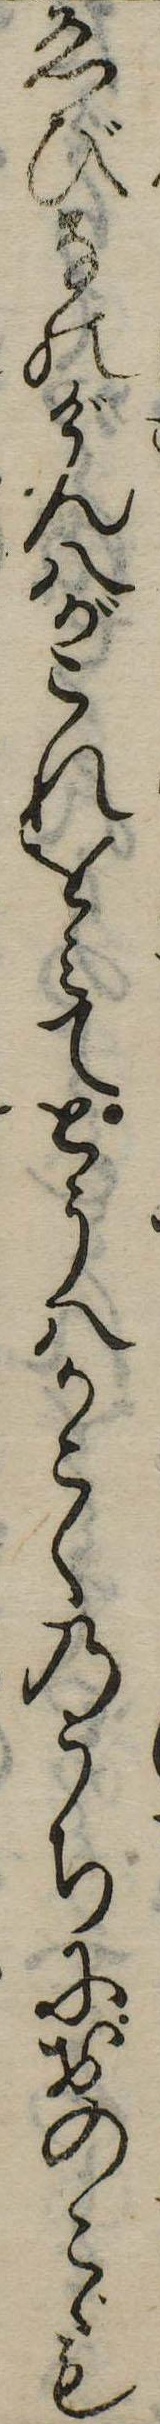
ゑびなのげん八がこれをみてとう八かこくのうちにおのこゞも